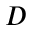
D